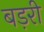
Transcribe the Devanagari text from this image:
बड़री